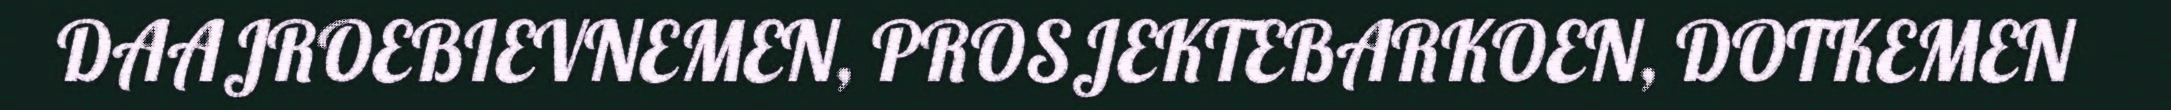
DAAJROEBIEVNEMEN, PROSJEKTEBARKOEN, DOTKEMEN